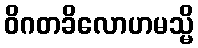
ဝိဂတခိလောဟမသ္မိ